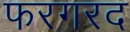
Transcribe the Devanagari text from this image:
फरगरद